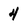
Character: 4